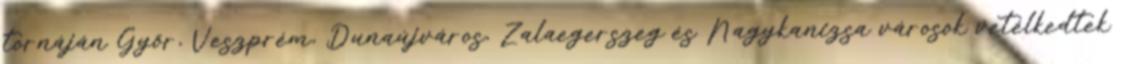
tornáján Győr, Veszprém, Dunaújváros, Zalaegerszeg és Nagykanizsa városok vetélkedtek